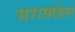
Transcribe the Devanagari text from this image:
सरायधेला